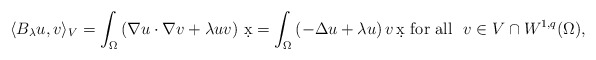
\begin{align*}\langle B_\lambda u,v\rangle_V =\int_\Omega \left( \nabla u\cdot\nabla v + \lambda uv \right)\,\d x= \int_\Omega \left( -\Delta u + \lambda u \right) v \, \d x\mbox{ for all } \ v\in V \cap W^{1,q}(\Omega),\end{align*}